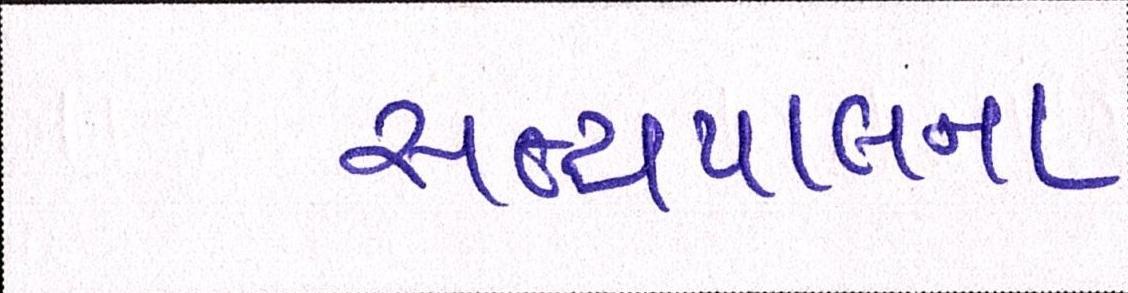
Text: સત્યપાલના